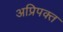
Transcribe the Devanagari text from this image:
अप्रिपक्त